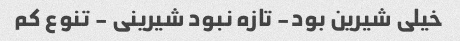
خیلی شیرین بود- تازه نبود شیرینی - تنوع کم